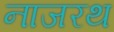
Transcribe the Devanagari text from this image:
नाजरथ